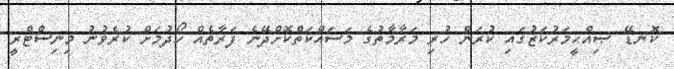
ކޮނޑޭ ޞިއްޙީމަރުކަޒުގައި ކުރަން ހުރި މަރާމާތުގެ މަސައްކަތްކޮށްދޭނެ ފަރާތެއް ހޯދުމަށް ކުރެވުނު މިނިސްޓްރީ